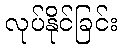
လုပ်နိုင်ခြင်း